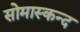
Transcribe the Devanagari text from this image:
सोमास्कन्द